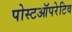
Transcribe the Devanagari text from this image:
पोस्टऑपरेटिव